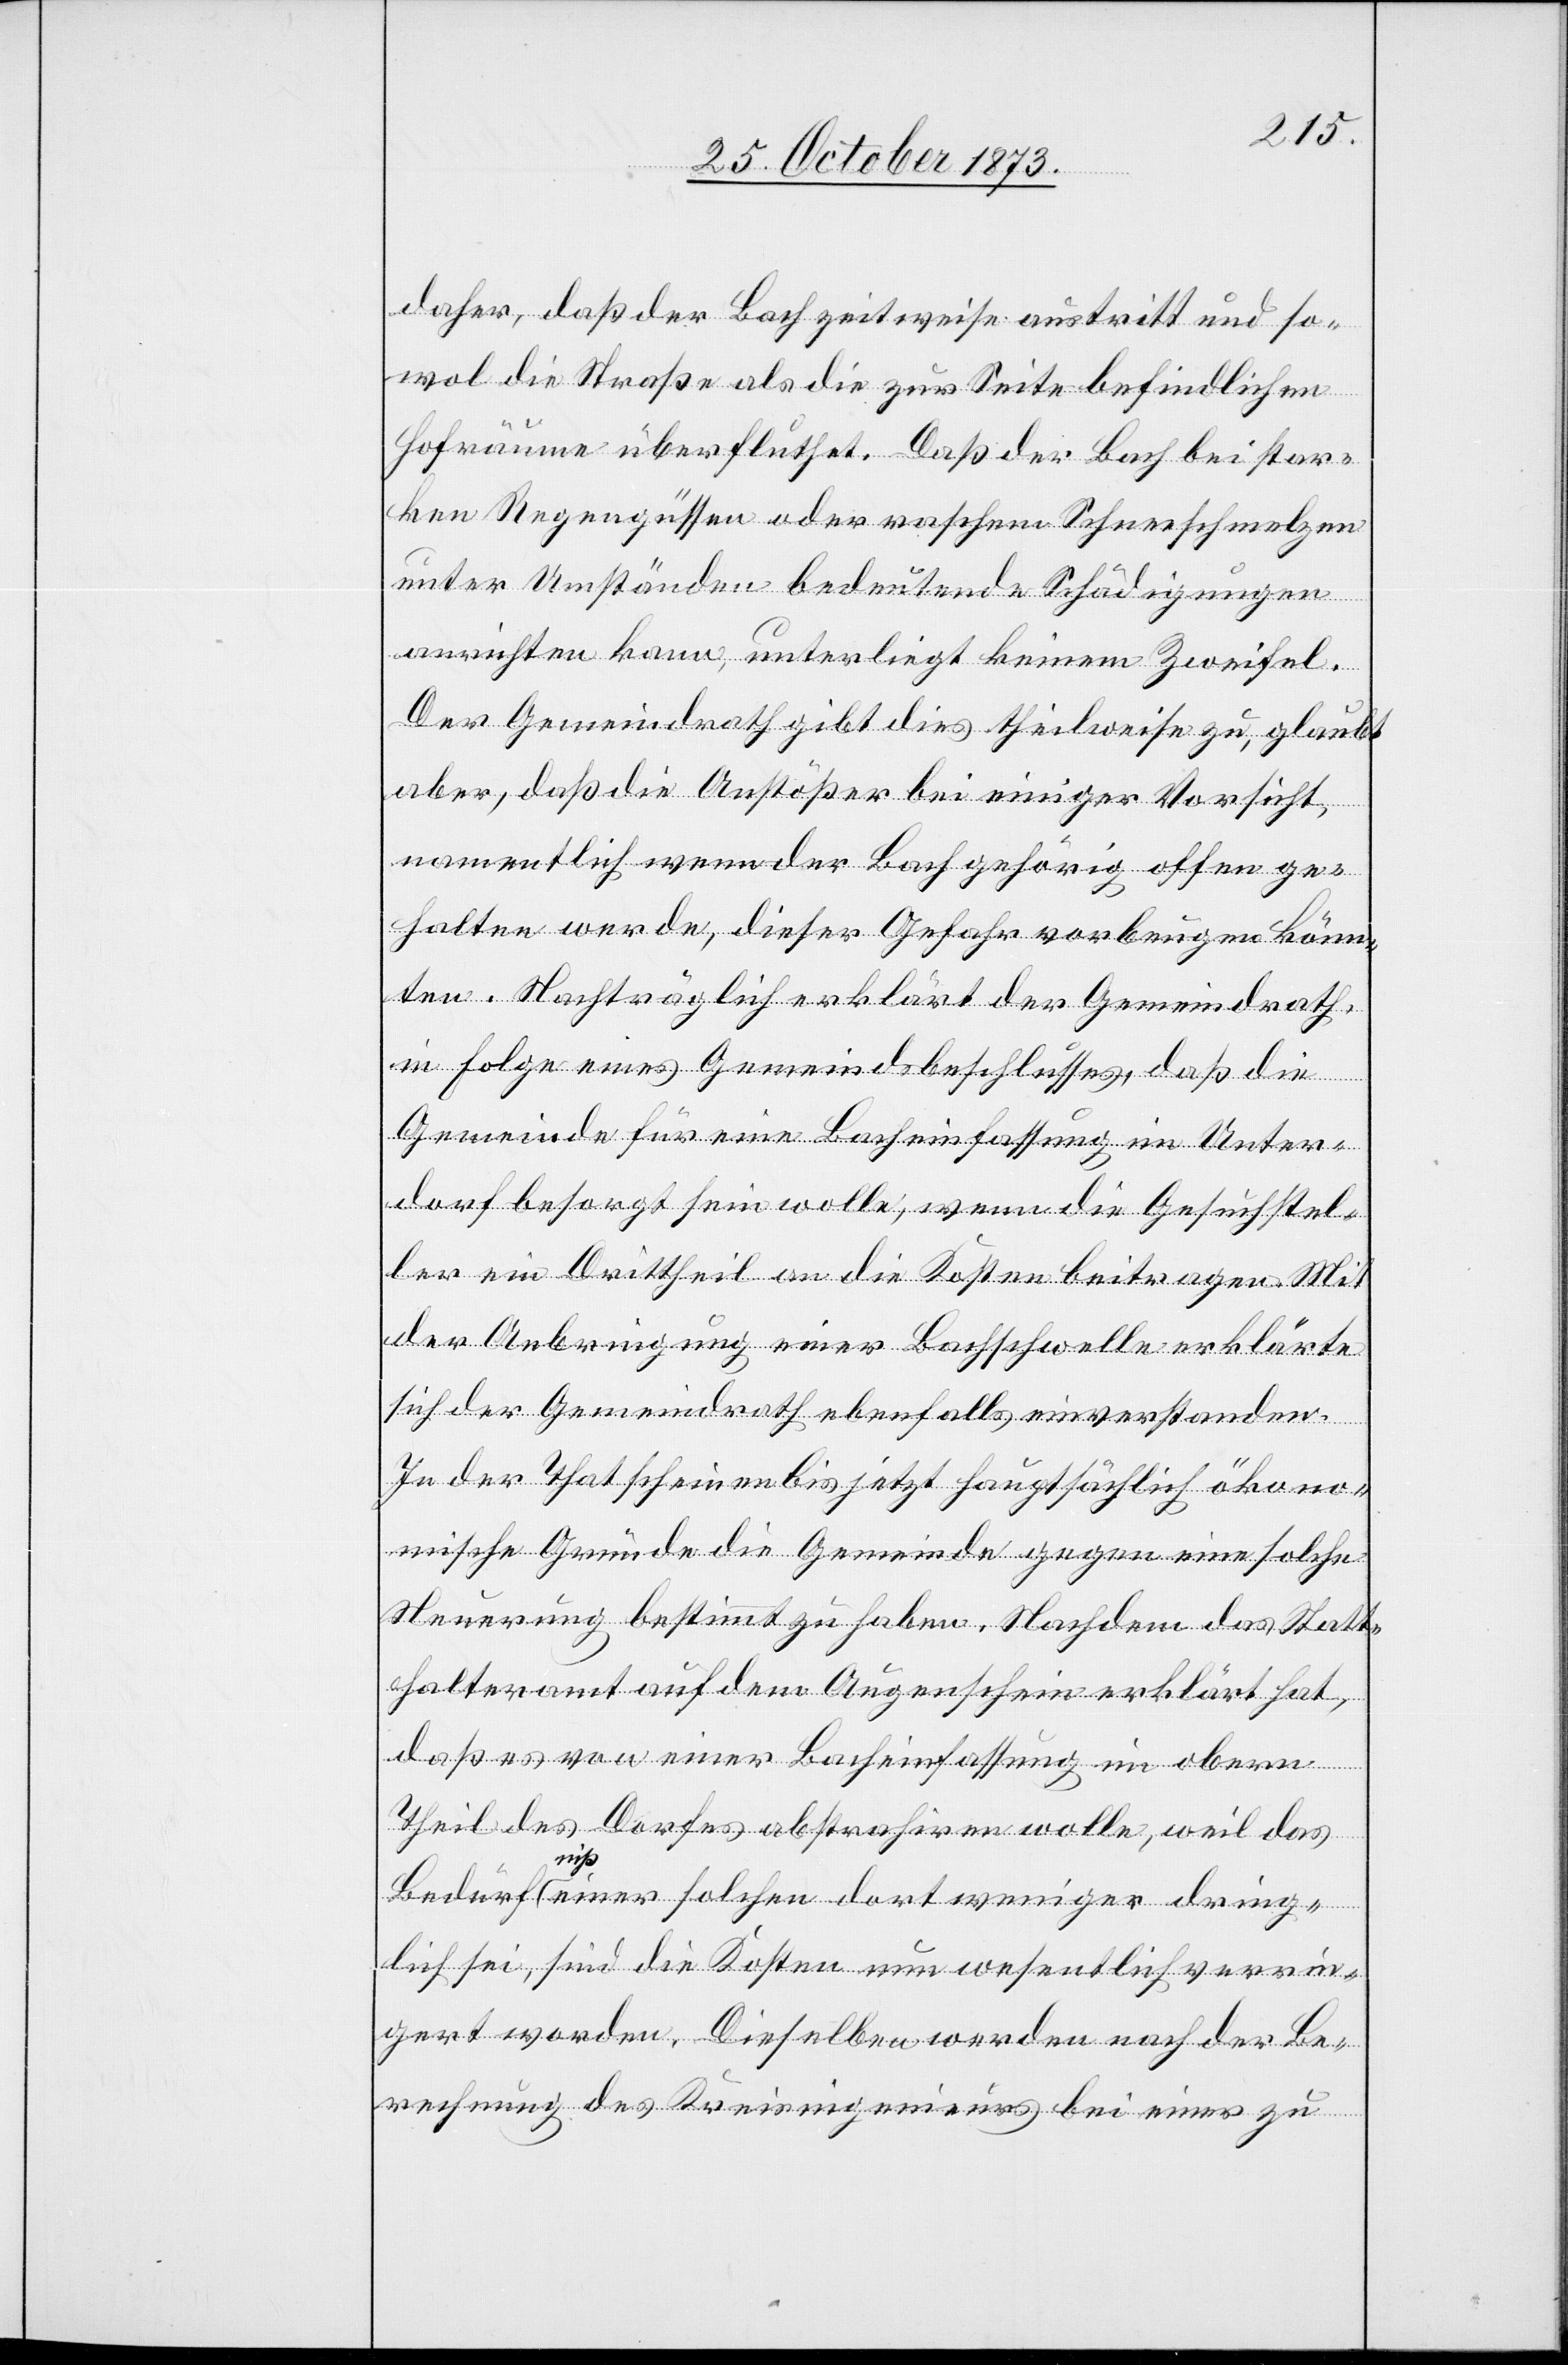
daher, daß der Bach zeitweise austritt und so¬
wol die Straße als die zur Seite befindlichen
Hofräume überfluthet. Daß der Bach bei star¬
ken Regengüssen oder raschem Schneeschmelzen
unter Umständen bedeutende Schädigungen
anrichten kann, unterliegt keinem Zweifel.
Der Gemeindrath gibt dies theilweise zu, glaubt
aber, daß die Anstößer bei einiger Vorsicht,
namentlich wenn der Bach gehörig offen ge¬
halten werde, dieser Gefahr vorbeugen könn¬
ten. Nachträglich erklärt der Gemeindrath
in Folge eines Gemeindsbeschlusses, daß die
Gemeinde für eine Bacheinfassung im Unter¬
dorf besorgt sein wolle, wenn die Gesuchstel¬
ler ein Drittheil an die Kosten beitragen. Mit
der Anbringung einer Bachschwelle erklärte
sich der Gemeindrath ebenfalls einverstanden.
In der That scheinen bis jetzt hauptsächlich ökono¬
mische Gründe die Gemeinde gegen eine solche
Neuerung bestimmt zu haben. Nachdem das Statt¬
halteramt auf dem Augenschein erklärt hat,
daß es von einer Bacheinfassung im obern
Theil des Dorfes abstrahiren wolle, weil das
Bedürfniß einer solchen dort weniger dring¬
lich sei, sind die Kosten nun wesentlich verrin¬
gert worden. Dieselben werden nach der Be¬
rechnung des Kreisingenieurs bei einer zu